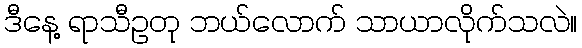
ဒီနေ့ ရာသီဥတု ဘယ်လောက် သာယာလိုက်သလဲ။